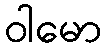
ဝါမော